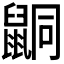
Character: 𪕙